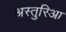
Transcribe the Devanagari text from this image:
अस्तुरिआ